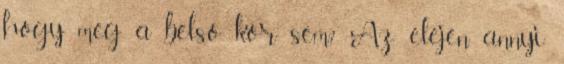
hogy még a belső kör sem? Az elején annyi